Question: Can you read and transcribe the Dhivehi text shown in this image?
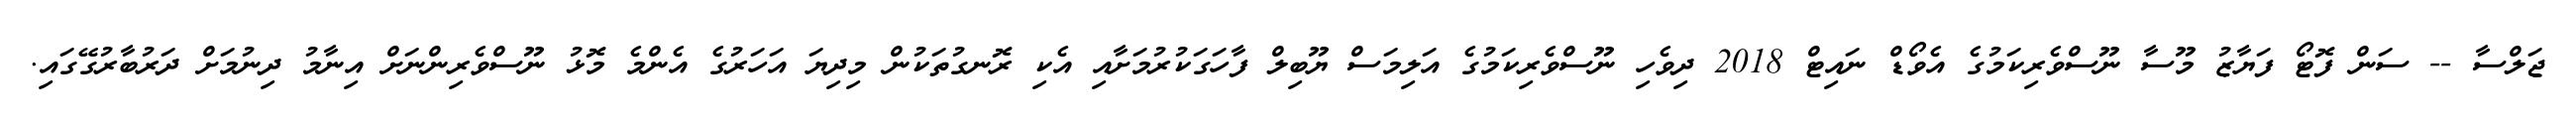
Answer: ޖަލްސާ -- ސަން ފޮޓޯ ފަޔާޒު މޫސާ ނޫސްވެރިކަމުގެ އެވޯޑް ނައިޓް 2018 ދިވެހި ނޫސްވެރިކަމުގެ އަލިމަސް ޔޫބިލް ފާހަގަކުރުމަށާއި އެކި ރޮނގުތަކުން މިދިޔަ އަހަރުގެ އެންމެ މޮޅު ނޫސްވެރިންނަށް އިނާމު ދިނުމަށް ދަރުބާރުގޭގައި.